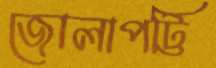
জোলাপট্টি